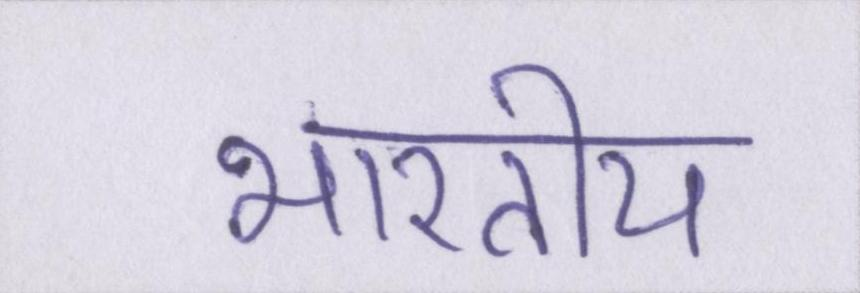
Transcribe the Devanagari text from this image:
भारतीय